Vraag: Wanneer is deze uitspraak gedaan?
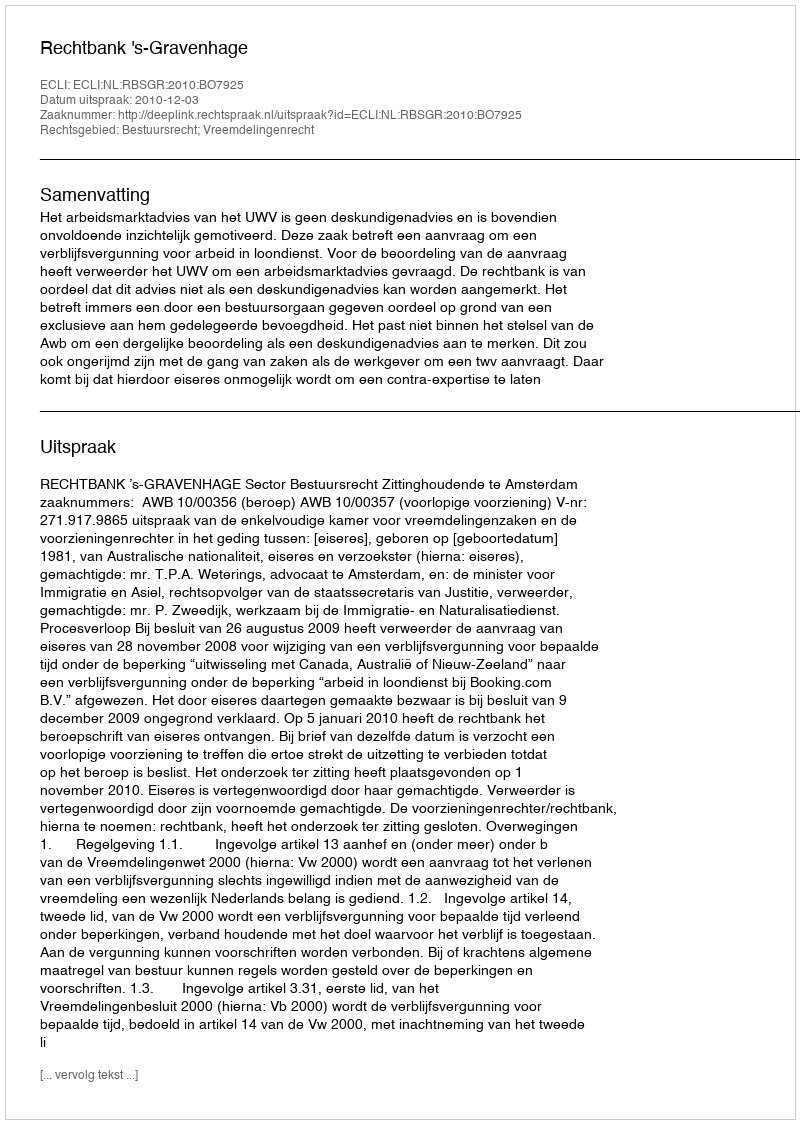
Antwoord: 2010-12-03